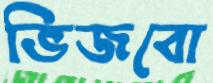
ভিজবো